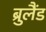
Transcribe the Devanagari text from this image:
ब्रुलैंड